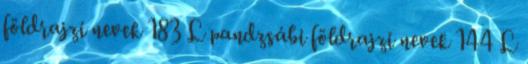
földrajzi nevek‎ 183 L pandzsábi földrajzi nevek‎ 144 L